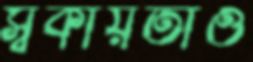
স্বকীয়তাও